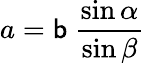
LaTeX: a=\mathsf{b}\ {\frac{{\sin\alpha}}{{\sin\beta}}}